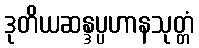
ဒုတိယဆန္ဒပ္ပဟာနသုတ္တံ